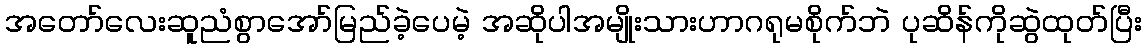
အတော်လေးဆူညံစွာအော်မြည်ခဲ့ပေမဲ့ အဆိုပါအမျိုးသားဟာဂရုမစိုက်ဘဲ ပုဆိန်ကိုဆွဲထုတ်ပြီး